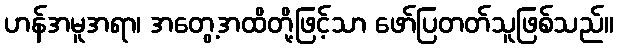
ဟန်အမူအရာ၊ အတွေ့အထိတို့ဖြင့်သာ ဖော်ပြတတ်သူဖြစ်သည်။